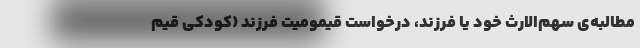
مطالبه‌ی سهم‌الارث خود یا فرزند، درخواست قیمومیت فرزند (کودکی قیم